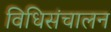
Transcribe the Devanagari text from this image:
विधिसंचालन